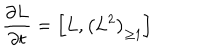
{ \frac { \partial L } { \partial t } } = \left[ L , \left( L ^ { 2 } \right) _ { \geq 1 } \right]